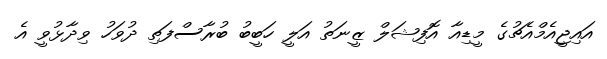
އައިޖީއެމްއެޗުގެ މީޑިއާ އޮފިޝަލް ޒީނަތު އަލީ ހަބީބު ބުރާސްފަތި ދުވަހު ވިދާޅުވީ އެ